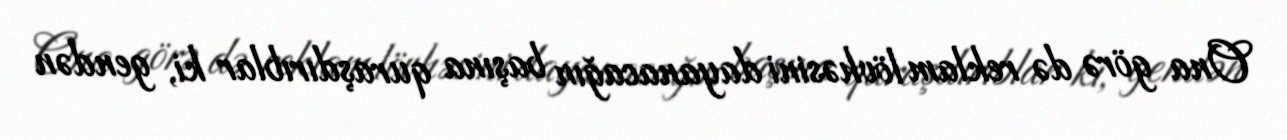
Ona görə də reklam lövhəsini dayanacağın başına quraşdırıblar ki, gendən